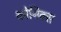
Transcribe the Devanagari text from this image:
कोनिक्स